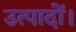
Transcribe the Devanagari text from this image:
उत्पादों।